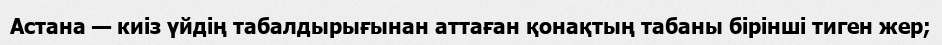
Астана — киіз үйдің табалдырығынан аттаған қонақтың табаны бірінші тиген жер;